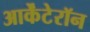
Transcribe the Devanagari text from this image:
आर्केंटेरॉन